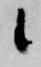
候